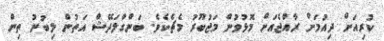
ކުރިއަށް ދިއުމަށް ރާއްޖެއަށް މޮޅުވުން މަޖުބޫރު މެޗެކެވެ. ބަންގްލަދޭޝް އަތުން ލިބުނު ތިން